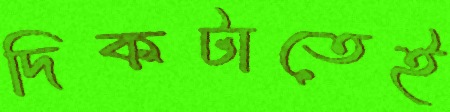
দিকটাতেই